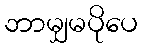
ဘာမျှမပိုပေ